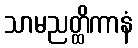
သာမညတ္ထိကာနံ